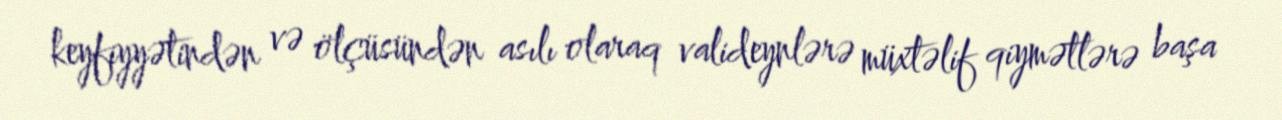
keyfiyyətindən və ölçüsündən asılı olaraq valideynlərə müxtəlif qiymətlərə başa